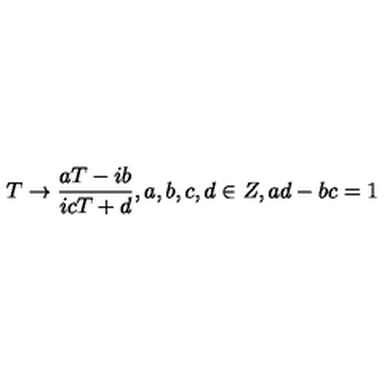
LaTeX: T \rightarrow \frac { a T - i b } { i c T + d } , a , b , c , d \in Z , a d - b c = 1